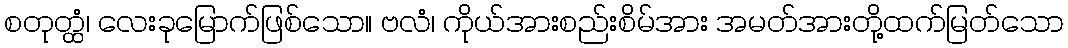
စတုတ္ထံ၊ လေးခုမြောက်ဖြစ်သော။ ဗလံ၊ ကိုယ်အားစည်းစိမ်အား အမတ်အားတို့ထက်မြတ်သော